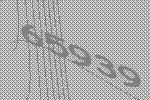
65939